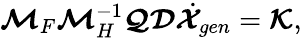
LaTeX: \boldsymbol{\mathcal{M}}_{F}\boldsymbol{\mathcal{M}}_{H}^{-1}\boldsymbol{\mathcal{Q}}\boldsymbol{\mathcal{D}}\dot{\boldsymbol{\mathcal{X}}}_{gen}=\boldsymbol{\mathcal{K}},